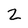
Character: 2